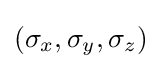
(\sigma _{x},\sigma _{y},\sigma _{z})